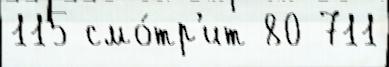
115 смо́тр'ит 80 711